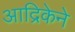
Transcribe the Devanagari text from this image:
आद्रिकेने